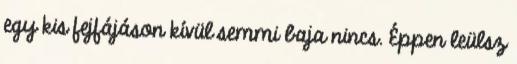
egy kis fejfájáson kívül semmi baja nincs. Éppen leülsz